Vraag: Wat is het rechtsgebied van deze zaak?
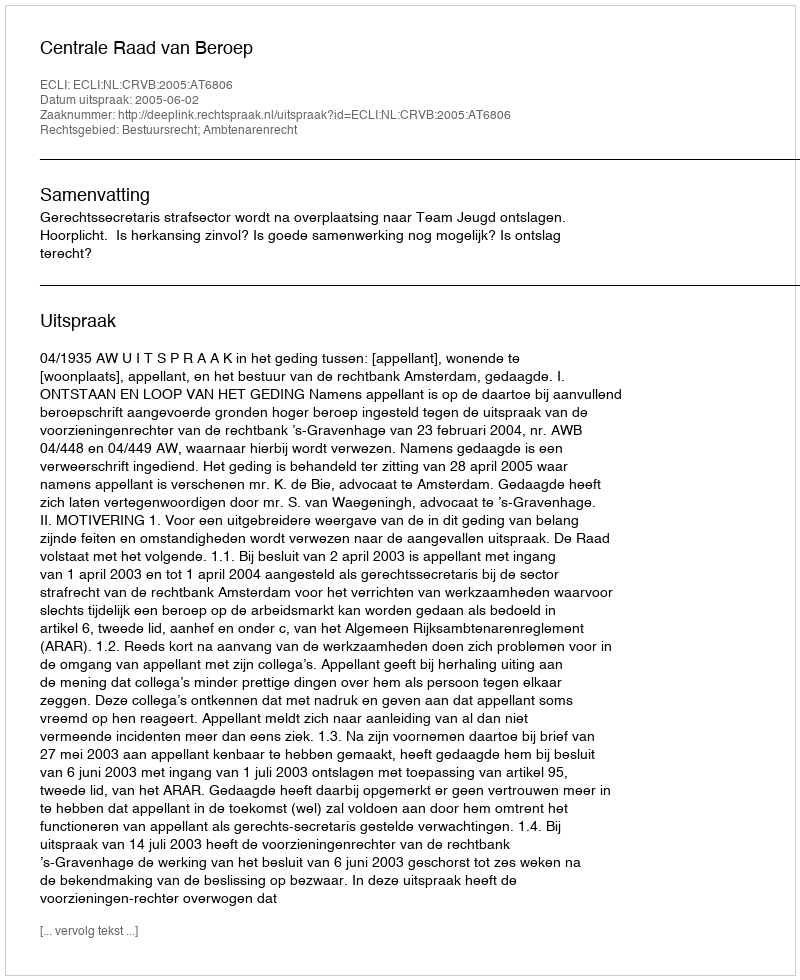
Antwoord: Bestuursrecht; Ambtenarenrecht